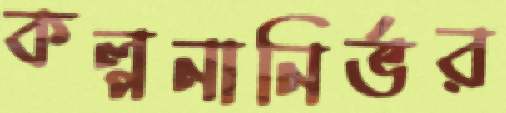
কল্পনানির্ভর